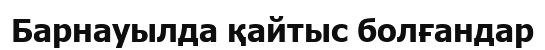
Барнауылда қайтыс болғандар